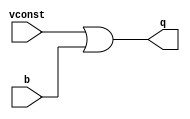
module ta (
	   input vconst,
	   input b,
	   output reg q);
   always @ (b or vconst) begin
      q = vconst | b;
   end
endmodule